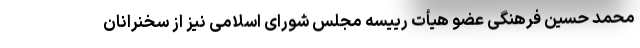
محمد حسین فرهنگی عضو هیأت رییسه مجلس شورای اسلامی نیز از سخنرانان